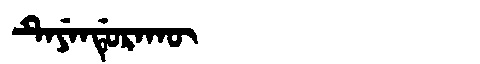
Manchu: ᡨᡝᠶᡝᠨᡩᡠᡵᠠᡴᡡ
Romanization: TEYENDURAKŪ